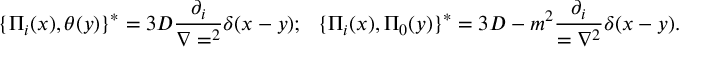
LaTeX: \{ \Pi _ { i } ( x ) , \theta ( y ) \} ^ { * } = 3 D { \frac { \partial _ { i } } { \nabla = ^ { 2 } } } \delta ( x - y ) ; ~ ~ \{ \Pi _ { i } ( x ) , \Pi _ { 0 } ( y ) \} ^ { * } = 3 D - m ^ { 2 } { \frac { \partial _ { i } } { = { \nabla ^ { 2 } } } } \delta ( x - y ) .